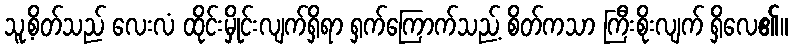
သူ့စိတ်သည် လေးလံ ထိုင်းမှိုင်းလျက်ရှိရာ ရှက်ကြောက်သည့် စိတ်ကသာ ကြီးစိုးလျက် ရှိလေ၏။